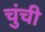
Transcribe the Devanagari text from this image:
चुंची